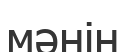
мәнін